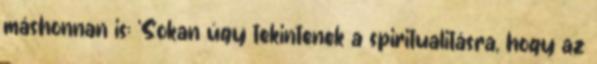
máshonnan is: ‘Sokan úgy tekintenek a spiritualitásra, hogy az